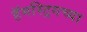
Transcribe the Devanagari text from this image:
हॅमस्ट्रिगच्या